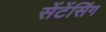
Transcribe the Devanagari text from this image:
सेंटेंसिंग